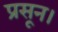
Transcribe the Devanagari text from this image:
प्रसून।